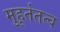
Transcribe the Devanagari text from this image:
मुहूर्ततत्व